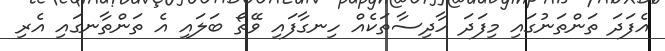
އެފަދަ ތަންތަނުގައި މިފަދަ ހާދިސާތަކެއް ހިނގާފައި ވޭތޯ ބަލައި އެ ތަންތާނގައި އެރި